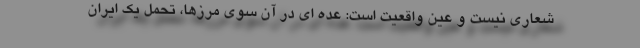
شعاری نیست و عین واقعیت است: عده ای در آن سوی مرزها، تحمل یک ایران